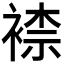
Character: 𧛮